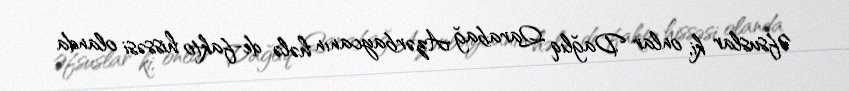
Əfsuslar ki, onlar Dağlıq Qarabağ Azərbaycanın hələ de-fakto hissəsi olanda